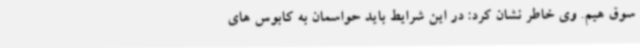
سوق هیم. وی خاطر نشان کرد: در این شرایط باید حواسمان به کابوس های